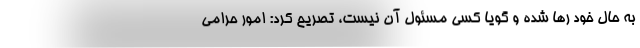
به حال خود رها شده و گویا کسی مسئول آن نیست، تصریح کرد: امور حرامی